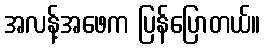
အလန့်အဖေက ပြန်ပြောတယ်။